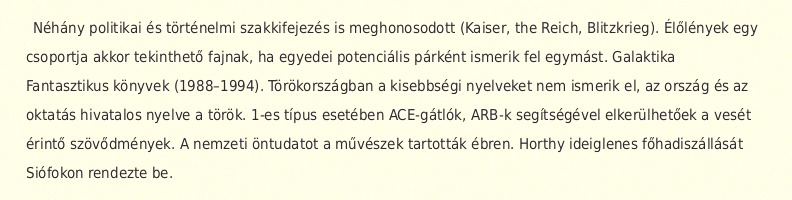
Néhány politikai és történelmi szakkifejezés is meghonosodott (Kaiser, the Reich, Blitzkrieg). Élőlények egy csoportja akkor tekinthető fajnak, ha egyedei potenciális párként ismerik fel egymást. Galaktika Fantasztikus könyvek (1988–1994). Törökországban a kisebbségi nyelveket nem ismerik el, az ország és az oktatás hivatalos nyelve a török. 1-es típus esetében ACE-gátlók, ARB-k segítségével elkerülhetőek a vesét érintő szövődmények. A nemzeti öntudatot a művészek tartották ébren. Horthy ideiglenes főhadiszállását Siófokon rendezte be.